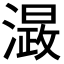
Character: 𭲮